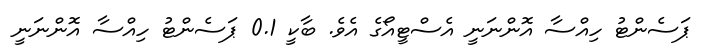
ޕަސެންޓު ހިއްސާ އޮންނަނީ އެސްޓީއޯގެ އެވެ. ބާކީ 0.1 ޕަސެންޓު ހިއްސާ އޮންނަނީ